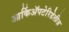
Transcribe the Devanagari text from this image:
आर्किॲपटेरिडेलीज़